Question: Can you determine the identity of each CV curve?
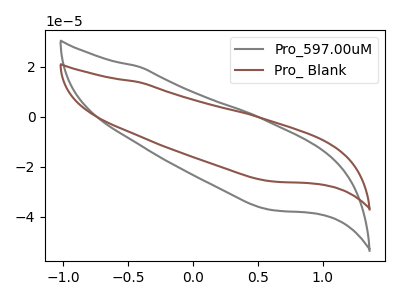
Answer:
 <answer>The gray curve is labeled "Pro_597.00uM". The brown curve is labeled "Pro_ Blank".</answer>
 <eval></eval>